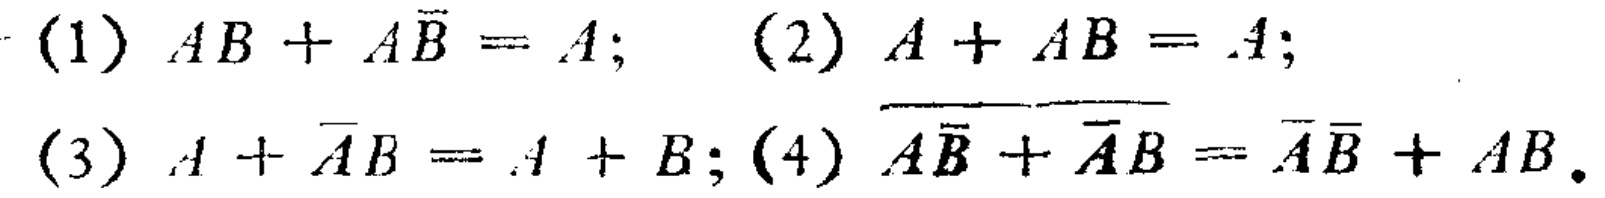
(1) \(AB + A\overline{B}=A\); (2) \(A + AB = A\);

(3) \(A+\overline{A}B=A + B\); (4) \(\overline{A\overline{B}+\overline{A}B}=\overline{A}\overline{B}+AB\).